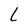
Character: L